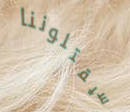
سيقتلوننا